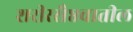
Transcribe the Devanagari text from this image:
शरीरसैष्ठवातील